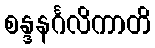
စန္ဒနင်္ဂလိကာတိ